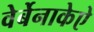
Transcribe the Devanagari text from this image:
वेर्बेनाकेऐ